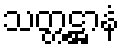
သတ္တဋ္ဌာနံ